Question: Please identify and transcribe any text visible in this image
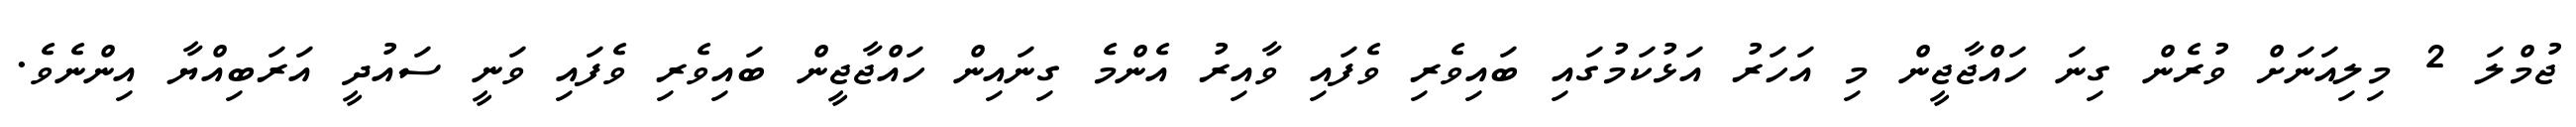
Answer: ޖުމްލަ 2 މިލިއަނަށް ވުރެން ގިނަ ހައްޖާޖީން މި އަހަރު އަޅުކަމުގައި ބައިވެރި ވެފައި ވާއިރު އެންމެ ގިނައިން ހައްޖާޖީން ބައިވެރި ވެފައި ވަނީ ސައުދީ އަރަބިއްޔާ އިންނެވެ.